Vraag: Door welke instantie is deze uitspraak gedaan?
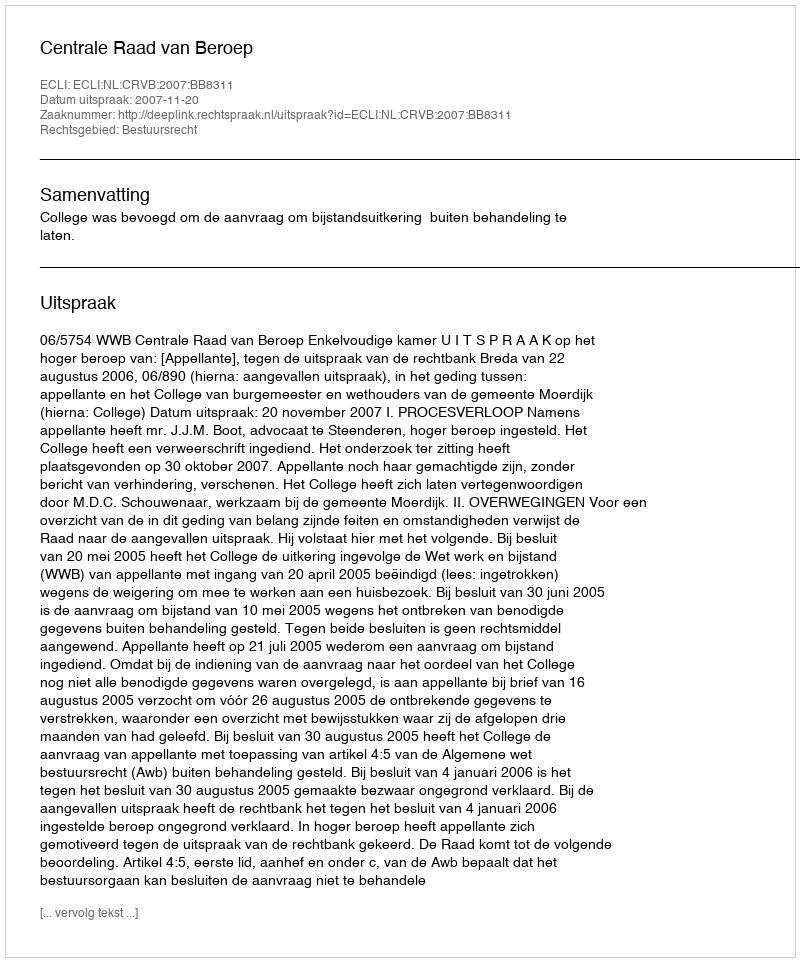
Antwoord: Centrale Raad van Beroep